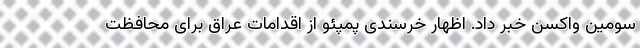
سومین واکسن خبر داد. اظهار خرسندی پمپئو از اقدامات عراق برای محافظت